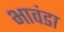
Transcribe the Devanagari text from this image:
भावंडा